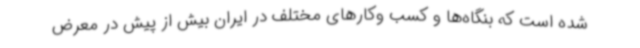
شده است که بنگاه‌ها و کسب وکارهای مختلف در ایران بیش از پیش در معرض